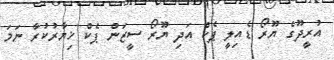
އުރީދޫގެ ޔޫރޯ ޑެއިލީ ޕެކް އަދި ޔޫރޯ ސީޒަން ޕެކް ޚިޔާރުކުރާ ނަމަ